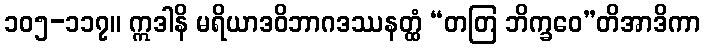
၁၀၅-၁၁၇။ ဣဒါနိ မရိယာဒဝိဘာဂဒဿနတ္ထံ “တတြ ဘိက္ခဝေ”တိအာဒိကာ